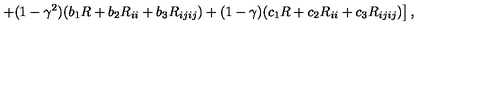
\left. + ( 1 - \gamma ^ { 2 } ) ( b _ { 1 } R + b _ { 2 } R _ { i i } + b _ { 3 } R _ { i j i j } ) + ( 1 - \gamma ) ( c _ { 1 } R + c _ { 2 } R _ { i i } + c _ { 3 } R _ { i j i j } ) \right] ,